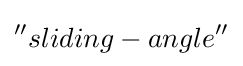
''sliding-angle''